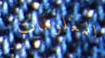
للمعلومات